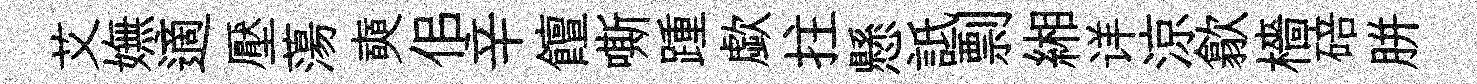
艾嫵適壓蕩奭佀辛饘嘶踵歔拄懸詆剽緗详涼歙檣碚胼